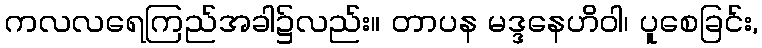
ကလလရေကြည်အခါ၌လည်း။ တာပန မဒ္ဒနေဟိဝါ၊ ပူစေခြင်း,